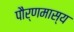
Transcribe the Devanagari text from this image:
पौर्णमास्य